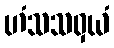
ဟံသသဝှယံ